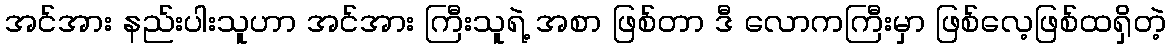
အင်အား နည်းပါးသူဟာ အင်အား ကြီးသူရဲ့ အစာ ဖြစ်တာ ဒီ လောကကြီးမှာ ဖြစ်လေ့ဖြစ်ထရှိတဲ့